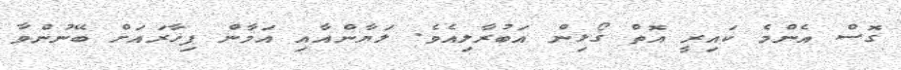
ގޮސް އެންމެ ކައިރީ އޮތް ގޯޅިން އަބުރާލިއެވެ. ލަޔާންއާއި އަމާން ފިހާރައަށް ބޭނުންވާ